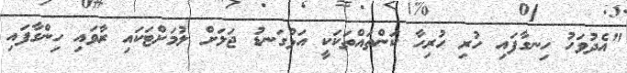
"އެދުވަހު ހިނގާފައި ހުރި ހުރިހާ ކަންތައްތަކަކީ އަޅުގަނޑު ޖަލަށް ލުމަށްޓަކައި ރާވައި ހިންގާފައި